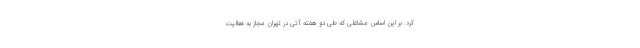
کرد. بر این اساس مشاغلی که طی دو هفته آتی در تهران مجاز به فعالیت